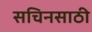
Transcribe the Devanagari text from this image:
सचिनसाठी